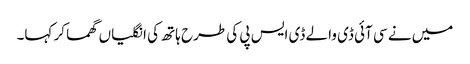
میں نے سی آئی ڈی والے ڈی ایس پی کی طرح ہاتھ کی انگلیاں گھما کر کہا۔